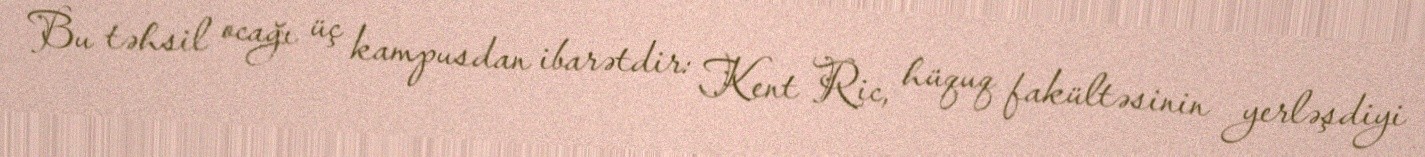
Bu təhsil ocağı üç kampusdan ibarətdir: Kent Ric, hüquq fakültəsinin yerləşdiyi